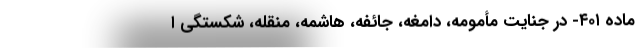
ماده ۴۰۱- در جنایت مأمومه، دامغه، جائفه، هاشمه، مُنقّله، شکستگی ا